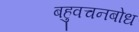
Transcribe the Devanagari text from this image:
बहुवचनबोध